Civil Veterinary Department. Madras. Admin. report 1926-33 - 1926-1933
Year: 1926
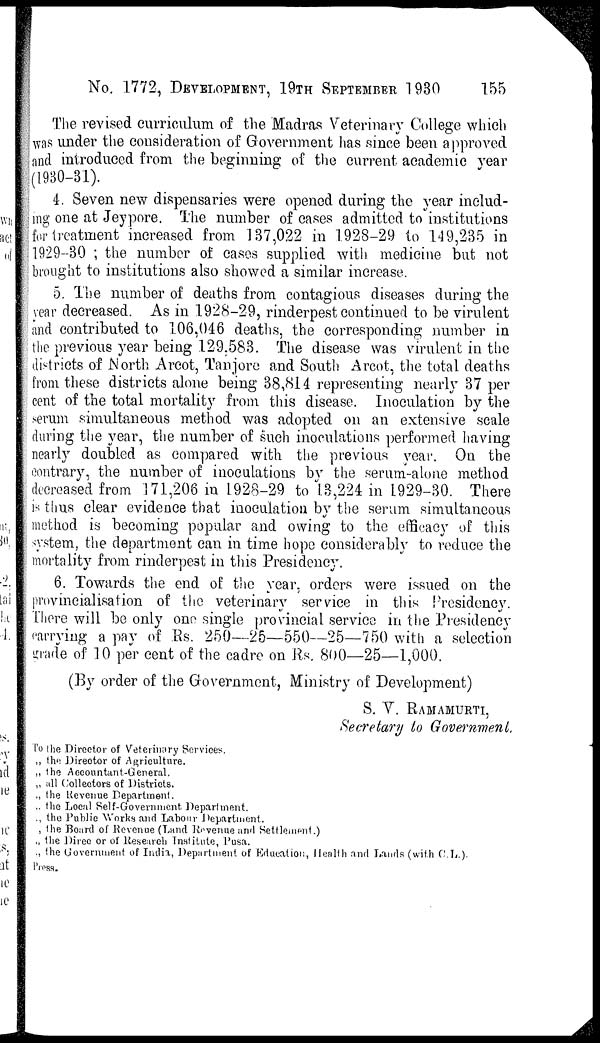
No. 1772, DEVELOPMENT, 19TH SEPTEMBER 1930
155
The revised curriculum of the Madras Veterinary College which
was under the consideration of Government has since been approved
and introduced from the beginning of the current academic year
(1930-31).
4. Seven new dispensaries were opened during the year includ-
ing one at Jeypore. The number of cases admitted to institutions
for treatment increased from 137,022 in 1928-29 to 149,235 in
1929-30 ; the number of cases supplied with medicine but not
brought to institutions also showed a similar increase.
5. The number of deaths from contagious diseases during the
year decreased. As in 1928-29, rinderpest continued to be virulent
and contributed to 106,046 deaths, the corresponding number in
the previous year being 129,583. The disease was virulent in the
districts of North Arcot, Tanjore and South Arcot, the total deaths
from these districts alone being 38,814 representing nearly 37 per
cent of the total mortality from this disease. Inoculation by the
serum simultaneous method was adopted on an extensive scale
during the year, the number of such inoculations performed having
nearly doubled as compared with the previous year. On the
contrary, the number of inoculations by the serum-alone method
decreased from 171,206 in 1928-29 to 13,224 in 1929-30. There
is thus clear evidence that inoculation by the serum simultaneous
method is becoming popular and owing to the efficacy of this
system, the department can in time hope considerably to reduce the
mortality from rinderpest in this Presidency.
6. Towards the end of the year, orders were issued on the
provincialisation of the veterinary service in this Presidency.
There will be only one single provincial service in the Presidency
carrying a pay of Rs. 250—25—550—25—750 with a selection
grade of 10 per cent of the cadre on Rs. 800—25—1,000.
(By order of the Government, Ministry of Development)
S. Y. RAMAMURTI,
Secretary to Government.
To the Director of Veterinary Services.
„ the Director of Agriculture.
„ the Accountant-General.
„ all Collectors of Districts.
„ the Revenue Department.
„ the Local Self-Government Department.
„ the Public Works and Labour Department.
„ the Board of Revenue (Land Revenue and Settlement.)
„ the Director of Research Institute, Pusa.
„ the Government of India, Department of Education, Health and Lands (with C.L.).
Press.